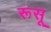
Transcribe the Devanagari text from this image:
रूसू